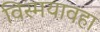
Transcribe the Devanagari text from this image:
विस्मयावहा